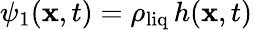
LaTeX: \psi_{1}(\mathbf x,t)=\rho_{\mathrm{liq}}\, h(\mathbf x,t)